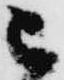
被